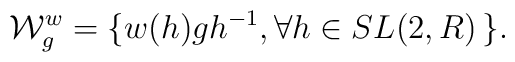
{\cal W}_g^w= \{ w(h) g h^{-1}, \forall h \in SL(2,R) \, \}.